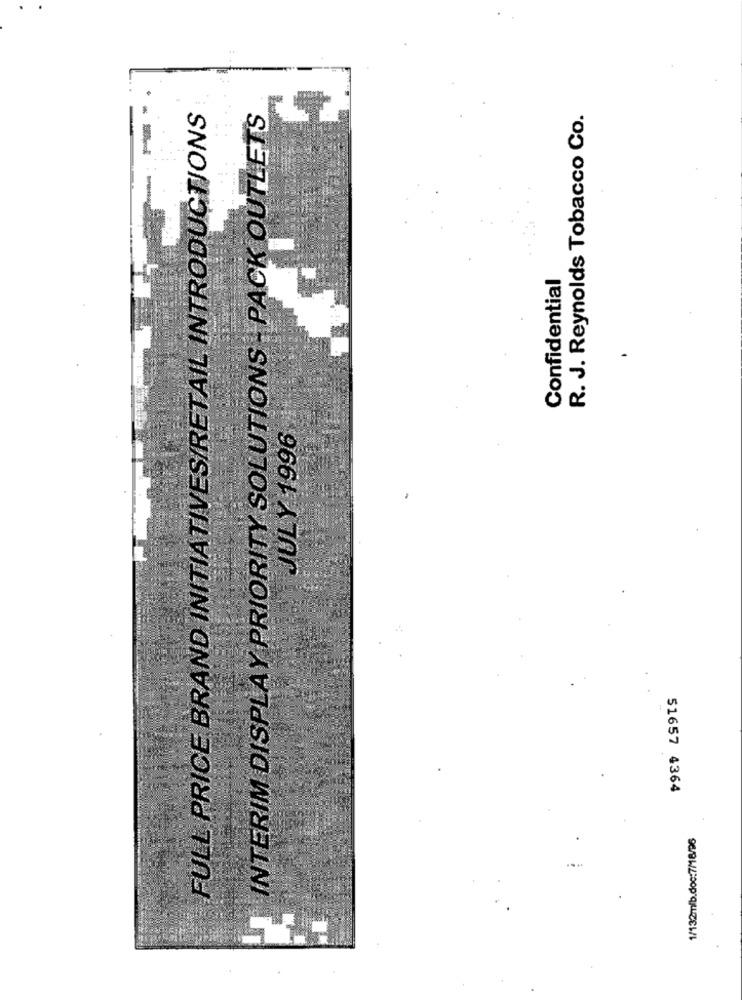
FULL PRICE BRAND INITIATIVES/RETAIL INTRODUCTIONS
INTERIM DISPLAY PRIORITY SOLUTIONS - PACK OUTLETS
R. J. Reynolds Tobacco Co.
Confidential
JULY 1996
51657 4364
1/132mlb.doc:7/18/96